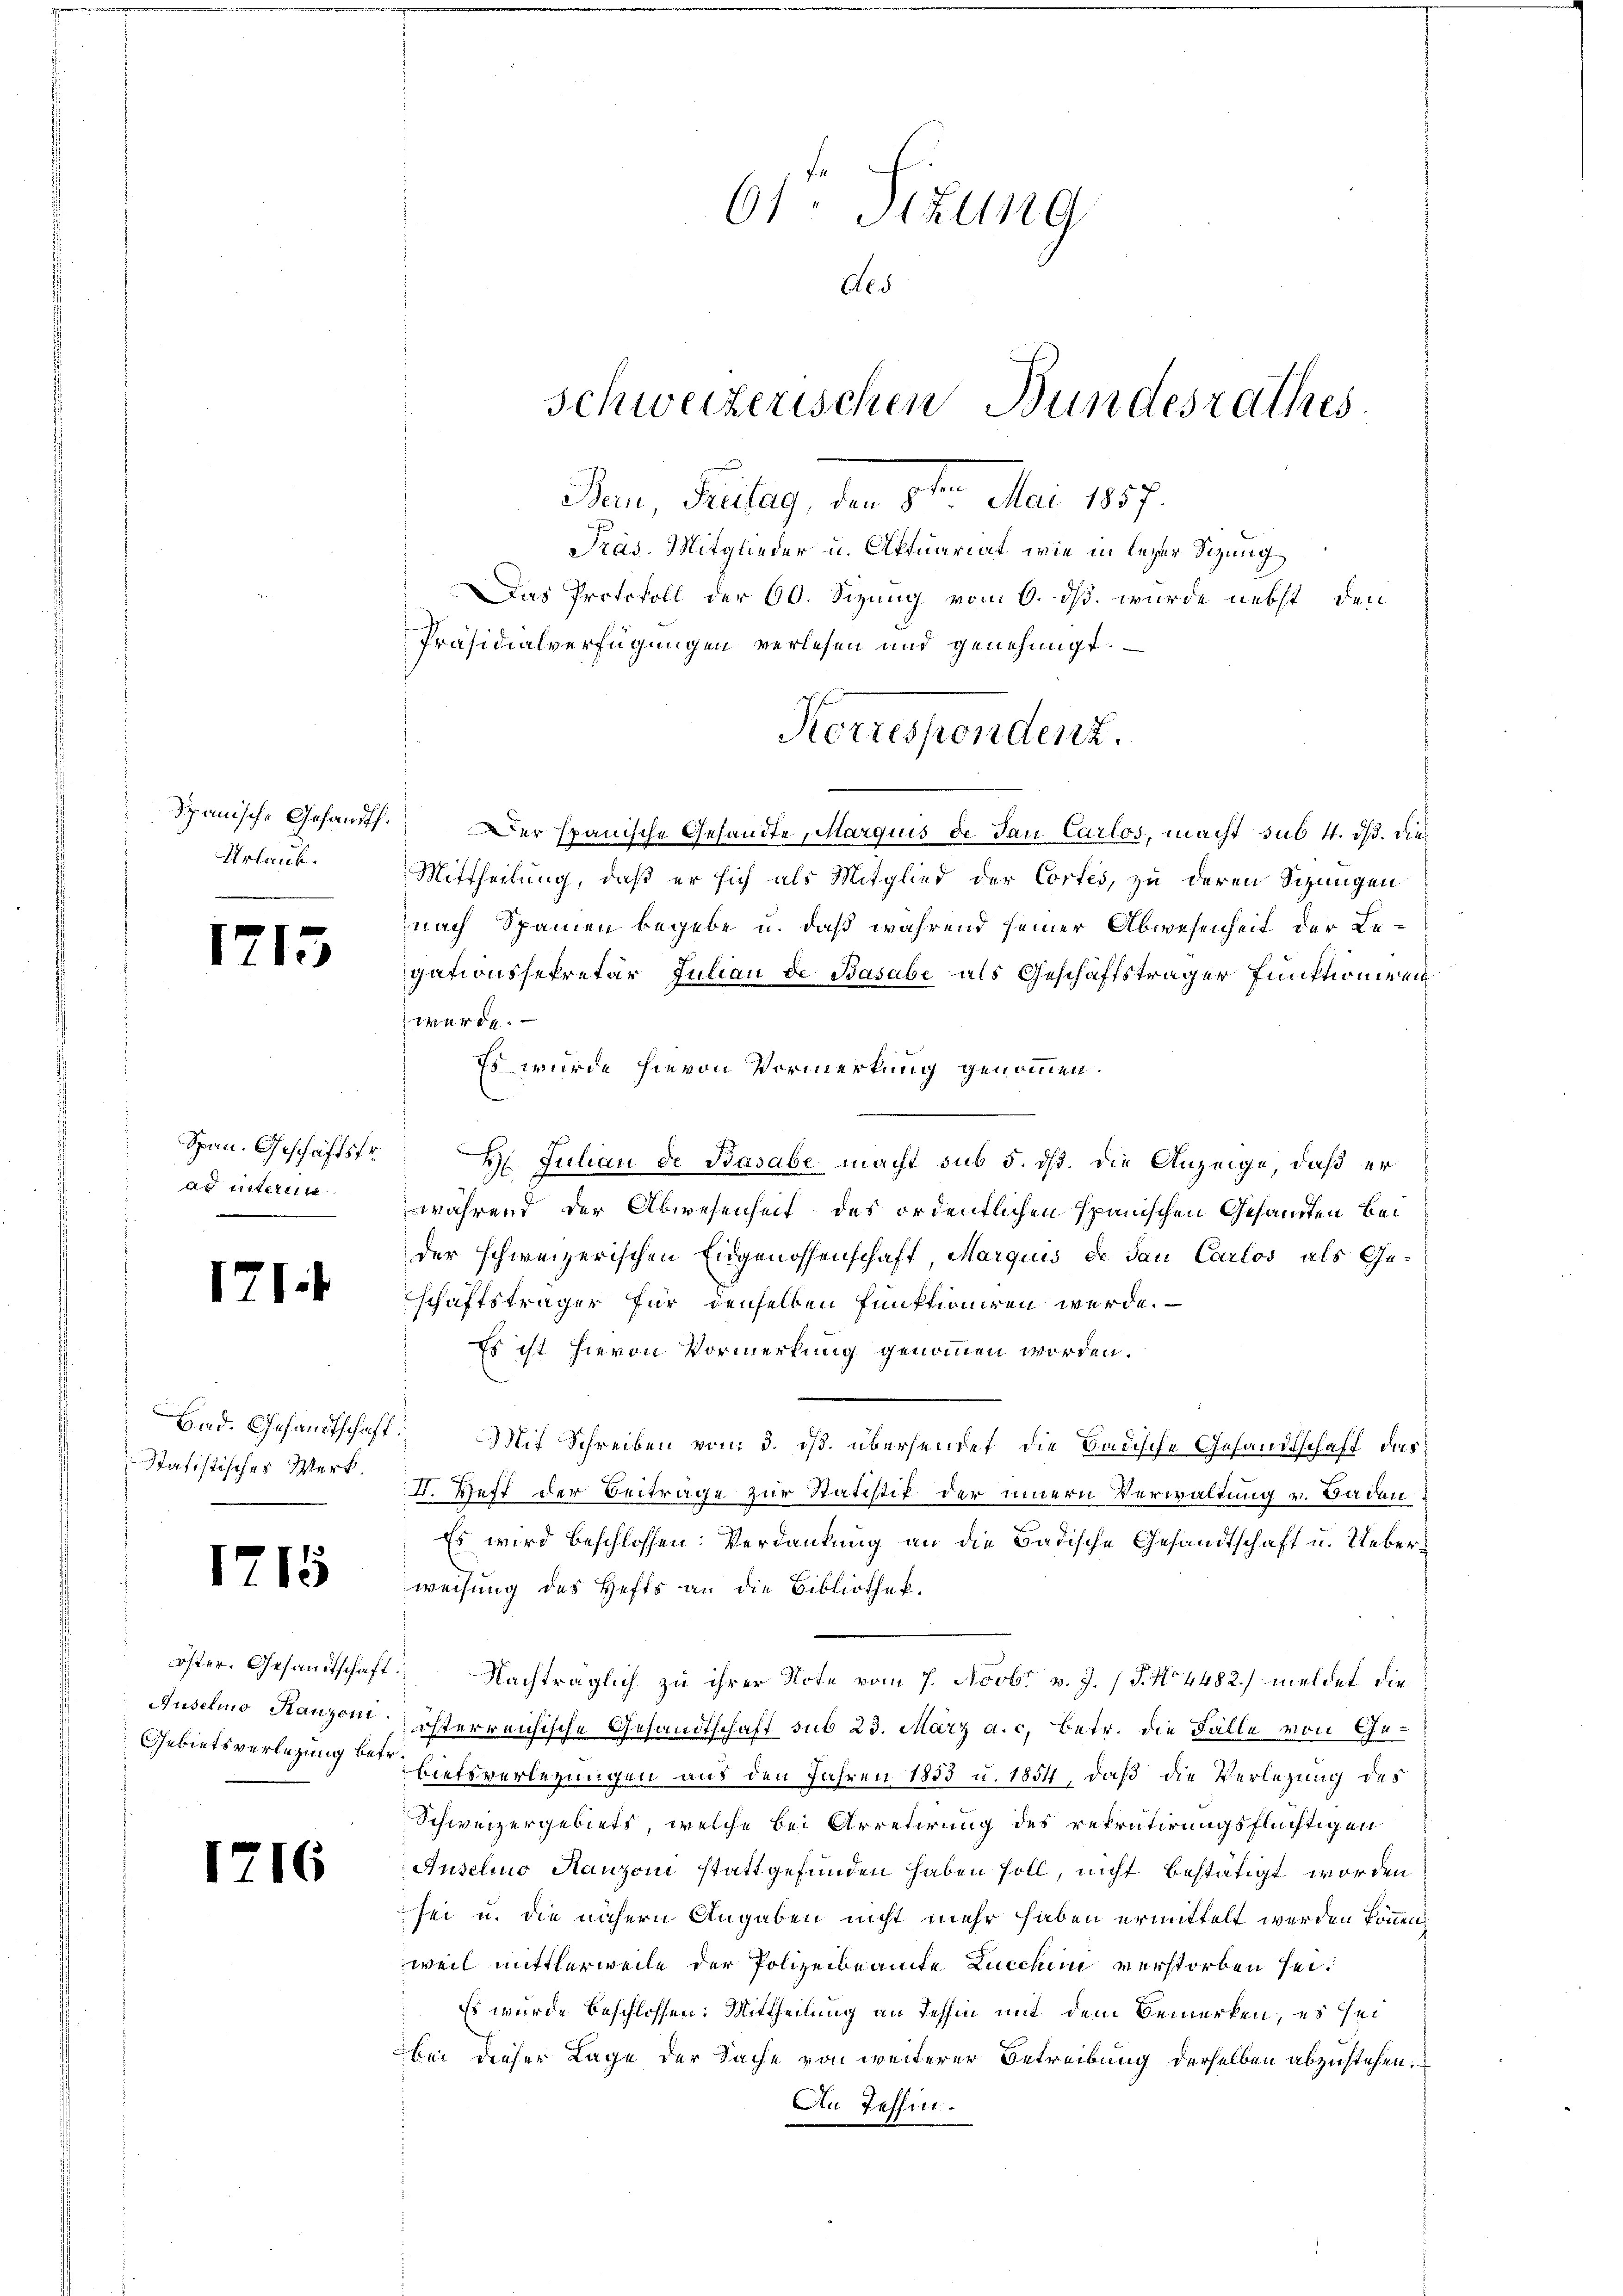
Spanische Gesandt.
Urlaub.

1713

Span. Geschäftsfr.
ad intert

171.

Statistisches Werk.

1715

Auselno Hanzoni

6

61. Sitzung
Ard
schweizerischen Bundesrathes.
Bern, Belag, den 3ten Mai 1837.

Präs. Mitglieder u. Aftuariat, wie in lezter Sizung
Das Protokoll der 60. Sizung vom 6. ds. wurde nebst den
Präsidialverfügungen verlesen und genehmigt.
Der spanische Gesandte, Margius de dan Carlos, macht sub 4. ds. die¬
Mittheilung, daß er sich als Mitglied der Cortes, zu deren Sizungen
nach Spanien begebe u. daß während seiner Abwesenheit der Legationssekretär Julian de Basabe als Geschäftsträger Funktioniren.
wurde.
Es wurde hievon Vormerkung genommen.
B. Julian de Basabe macht sub 5. dß. die Anzeige, daß er
während der Abwesenheit des ordentlichen Spanischen Gesandten beder schweizerischen Eidgenossenschaft Marquis de dan Carlos als Geschaftsträger für denselben funktioniren werde.
Es ist hievon Vormerkung genommen worden.
Bad. Gesandtschaft. Mit Schreiben vom 3. ds. übersendet, die Badische Gesandtschaft, das
I. Heft der Beiträge zur Statistik der innern Verwaltung v. Baden
Es wird beschlossen: Verdankung an die Badische Gesandtschaft u. Ueberweisung des Hefts an die Bibliothek.
öster. Gesandtschaft. Nachträglich zu ihrer Note vom 7. Novbr v. J. J. No 4482) meldet die
isterreichische Gesandtschaft sub 23. März a.c. betr. die Fälle von Ge¬
Gebietsverlegung der Liefsverlegungen aus den Jahren 1853 u. 1854, daß die Verlegung des
Schweizergebiets, welche bei Arretirung des rekrutirungsflüchtigen
Andelio Manzoni stattgefunden haben soll, nicht bestätigt worden
sei u. die nähern Angaben nicht mehr haben ermittelt werden können,
weil mittlerweile der Polizeibeamte Lucchin verstorben sei.
Es wurde beschlossen: Mittheilung an Tessin mit dem Bemerken, es sei
bei dieser Lage der Sache von weiterer Betreibung derselben abzustehen.
An Tessin.

Korrespondenz.